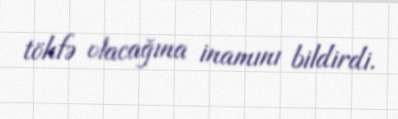
töhfə olacağına inamını bildirdi.